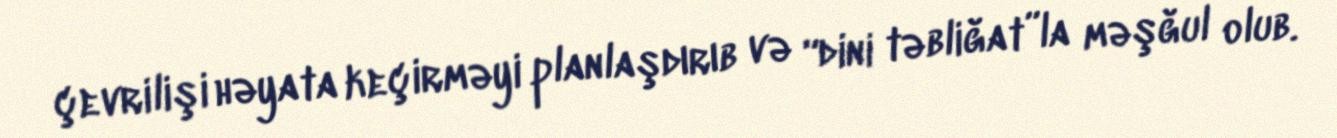
çevrilişi həyata keçirməyi planlaşdırıb və “dini təbliğat”la məşğul olub.